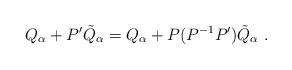
LaTeX: \begin{align*}Q_\alpha+ P' {\tilde Q}_\alpha = Q_\alpha+ P (P^{-1}P') {\tilde Q}_\alpha\ .\end{align*}